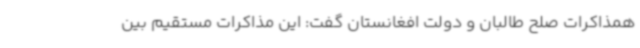
همذاکرات صلح طالبان و دولت افغانستان گفت: این مذاکرات مستقیم بین